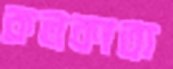
কলকাতা